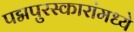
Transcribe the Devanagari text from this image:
पद्मपुरस्कारांमध्ये